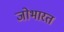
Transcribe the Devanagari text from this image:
जोभारत